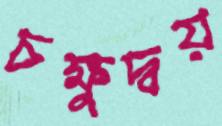
চক্ষুদ্বয়